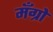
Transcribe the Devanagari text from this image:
मँग्रो